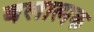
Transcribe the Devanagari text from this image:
बलात्मक